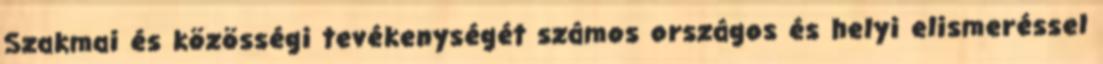
Szakmai és közösségi tevékenységét számos országos és helyi elismeréssel